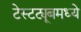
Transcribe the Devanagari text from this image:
टेस्टट्यूबमध्ये